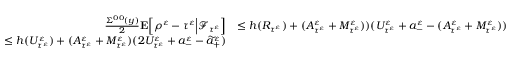
\begin{array} { r l } { \frac { \Sigma ^ { 0 0 } ( y ) } { 2 } \mathbf { E } \Big [ \rho ^ { \varepsilon } - \tau ^ { \varepsilon } \Big | \mathscr { F } _ { \tau ^ { \varepsilon } } \Big ] } & { \leq h ( R _ { \tau ^ { \varepsilon } } ) + ( A _ { \tau ^ { \varepsilon } } ^ { \varepsilon } + M _ { \tau ^ { \varepsilon } } ^ { \varepsilon } ) ) ( U _ { \tau ^ { \varepsilon } } ^ { \varepsilon } + a _ { - } ^ { \varepsilon } - ( A _ { \tau ^ { \varepsilon } } ^ { \varepsilon } + M _ { \tau ^ { \varepsilon } } ^ { \varepsilon } ) ) } \\ { \leq h ( U _ { \tau ^ { \varepsilon } } ^ { \varepsilon } ) + ( A _ { \tau ^ { \varepsilon } } ^ { \varepsilon } + M _ { \tau ^ { \varepsilon } } ^ { \varepsilon } ) ( 2 U _ { \tau ^ { \varepsilon } } ^ { \varepsilon } + a _ { - } ^ { \varepsilon } - \widetilde a _ { + } ^ { \varepsilon } ) } \end{array}